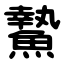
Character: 䲀